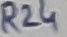
Text: R24